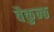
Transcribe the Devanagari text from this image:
वैकुन्ठ